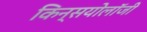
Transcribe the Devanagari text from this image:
किन्सयोलॉजी